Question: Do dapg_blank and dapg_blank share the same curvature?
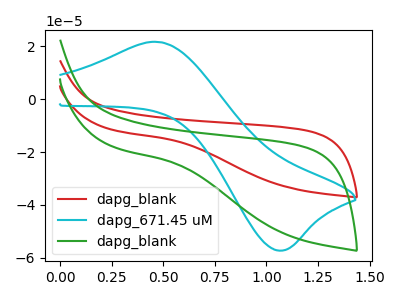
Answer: <think>The red curve "dapg_blank" has no peaks. The cyan curve "dapg_671.45 uM" has an anodic peak at (0.50V, 21.60uA) and a cathodic peak at (1.05V, -57.25uA). The green curve "dapg_blank" has no peaks.
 Neither "dapg_blank" or "dapg_blank" have any peaks.</think>
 <answer>"dapg_blank" and "dapg_blank" are similar in shape.</answer>
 <eval>same_shape</eval>